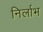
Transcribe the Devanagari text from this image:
निर्लाभ